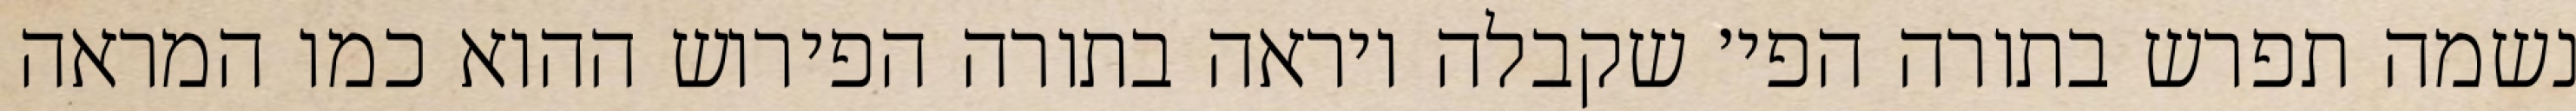
נשמה תפרש בתורה הפי׳ שקבלה ויראה בתורה הפירוש ההוא כמו המראה